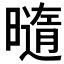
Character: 𰖯